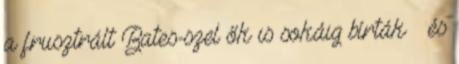
a frusztrált Bates-szel ők is sokáig bírták – és